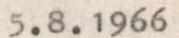
5.8.1966